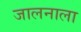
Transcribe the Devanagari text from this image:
जालनाला